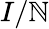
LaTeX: I/\mathbb{N}